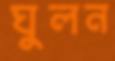
ঘুলন